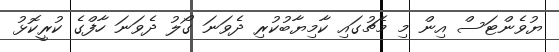
ޔުވެންޓަސް އިން މި މެޗުގައި ކާމިޔާބުކުރި ދެވަނަ ގޯލު ދެވަނަ ހާފްގެ ކުރީކޮޅު